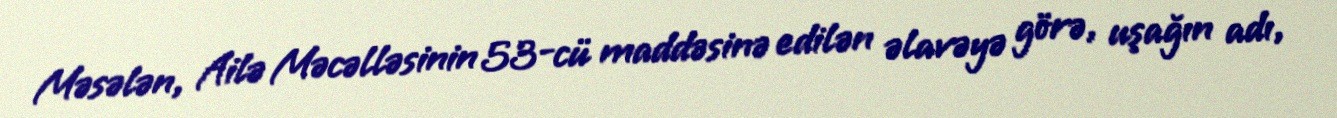
Məsələn, Ailə Məcəlləsinin 53-cü maddəsinə edilən əlavəyə görə, uşağın adı,